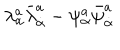
\lambda _ { \alpha } ^ { a } \bar { \lambda } _ { \dot { \alpha } } ^ { a } - \psi _ { \alpha } ^ { a } \bar { \psi } _ { \dot { \alpha } } ^ { a }